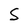
Character: S